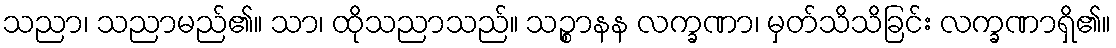
သညာ၊ သညာမည်၏။ သာ၊ ထိုသညာသည်။ သဉ္စာနန လက္ခဏာ၊ မှတ်သိသိခြင်း လက္ခဏာရှိ၏။